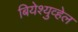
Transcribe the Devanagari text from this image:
बियेश्युव्हेल